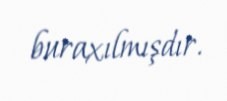
buraxılmışdır.